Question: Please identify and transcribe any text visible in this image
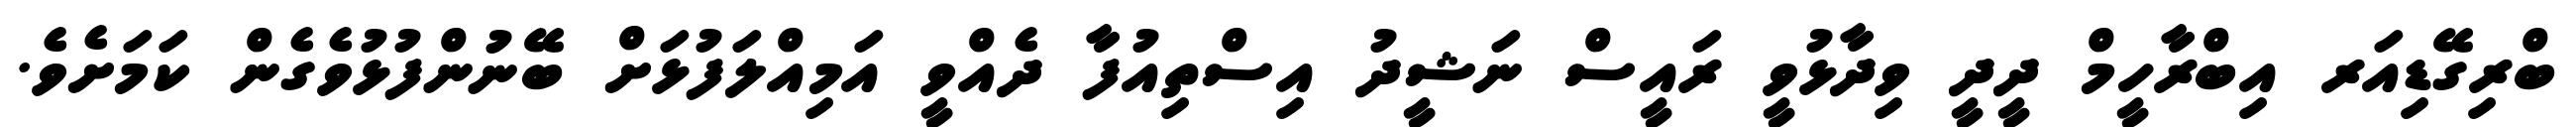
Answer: ބްރިގޭޑިއަރ އިބްރާހީމް ދީދީ ވިދާޅުވީ ރައީސް ނަޝީދު އިސްތިއުފާ ދެއްވީ އަމިއްލަފުޅަށް ބޭނުންފުޅުވެގެން ކަމަށެވެ.